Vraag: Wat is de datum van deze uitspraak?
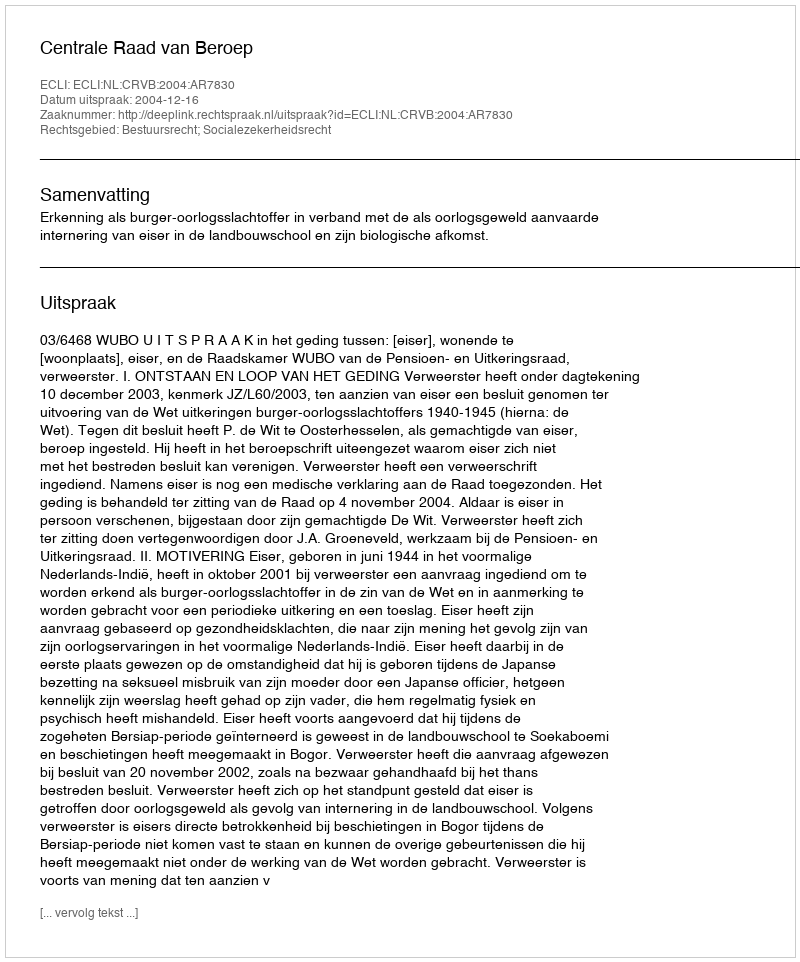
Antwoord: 2004-12-16